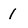
Character: 1